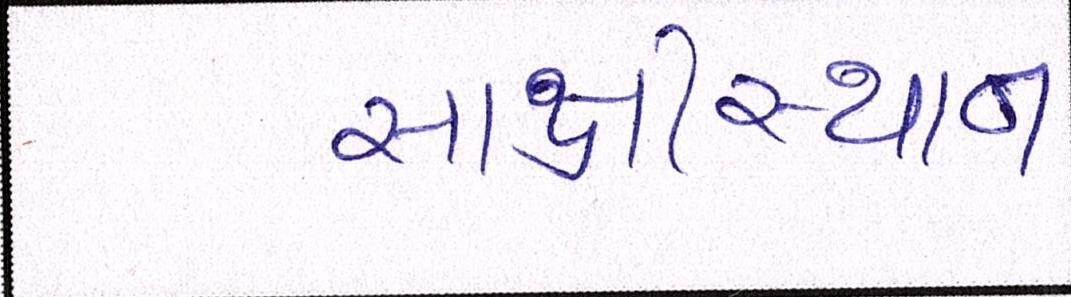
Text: સાક્ષીસ્થાન